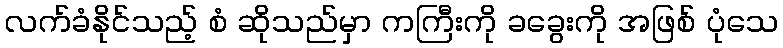
လက်ခံနိုင်သည့် စံ ဆိုသည်မှာ ကကြီးကို ခခွေးကို အဖြစ် ပုံသေ